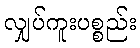
လျှပ်ကူးပစ္စည်း